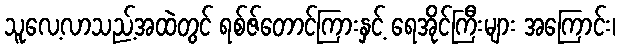
သူလေ့လာသည့်အထဲတွင် ရစ်ဇ်တောင်ကြားနှင့် ရေအိုင်ကြီးများ အကြောင်း၊